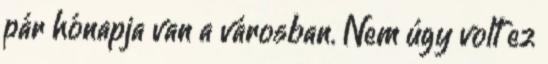
pár hónapja van a városban. Nem úgy volt ez